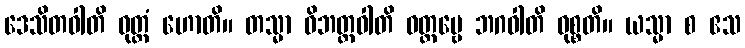
ဒေသိတဝါတိ ဝုတ္တံ ဟောတိ။ တသ္မာ ဝိဘတ္တဝါတိ ဝတ္တဗ္ဗေ ဘဂဝါတိ ဝုစ္စတိ။ ယသ္မာ စ ဧသ